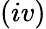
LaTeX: (iv)